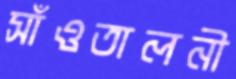
সাঁওতালনী